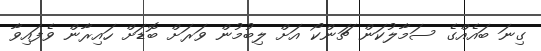
ގިނަ ބައެއްގެ ސަމާލުކަން ޗަންކޯ އަށް ލިބުމުން ވަރަށް ބޮޑަށް ހައިރާން ވެފައިވާ